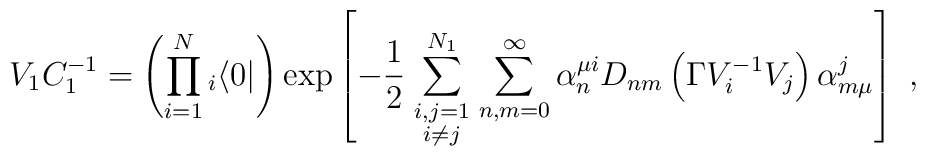
V_1C_1^{-1}=\left( \prod_{i=1}^N{ }_i\langle 0|\right) \exp \left[ -\frac{1}{2}\sum_{\scriptstyle i,j=1\atop \scriptstyle i\neq j}^{N_1}\sum_{n,m=0}^\infty \alpha ^{\mu i}_nD_{nm}\left( \Gamma V^{-1}_iV_j\right) \alpha ^j_{m\mu }\right] \ ,